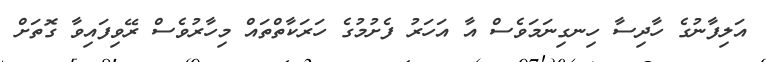
އަލިފާނުގެ ހާދިސާ ހިނގިނަމަވެސް އާ އަހަރު ފެށުމުގެ ހަރަކާތްތައް މިހާރުވެސް ރޭވިފައިވާ ގޮތަށް